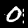
Label: 0